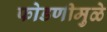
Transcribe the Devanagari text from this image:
फोडणीमुळे